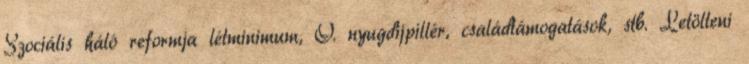
Szociális háló reformja létminimum, O. nyugdijpillér, családtámogatások, stb. Letölteni